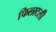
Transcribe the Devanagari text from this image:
फिलाटली